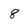
Character: 8